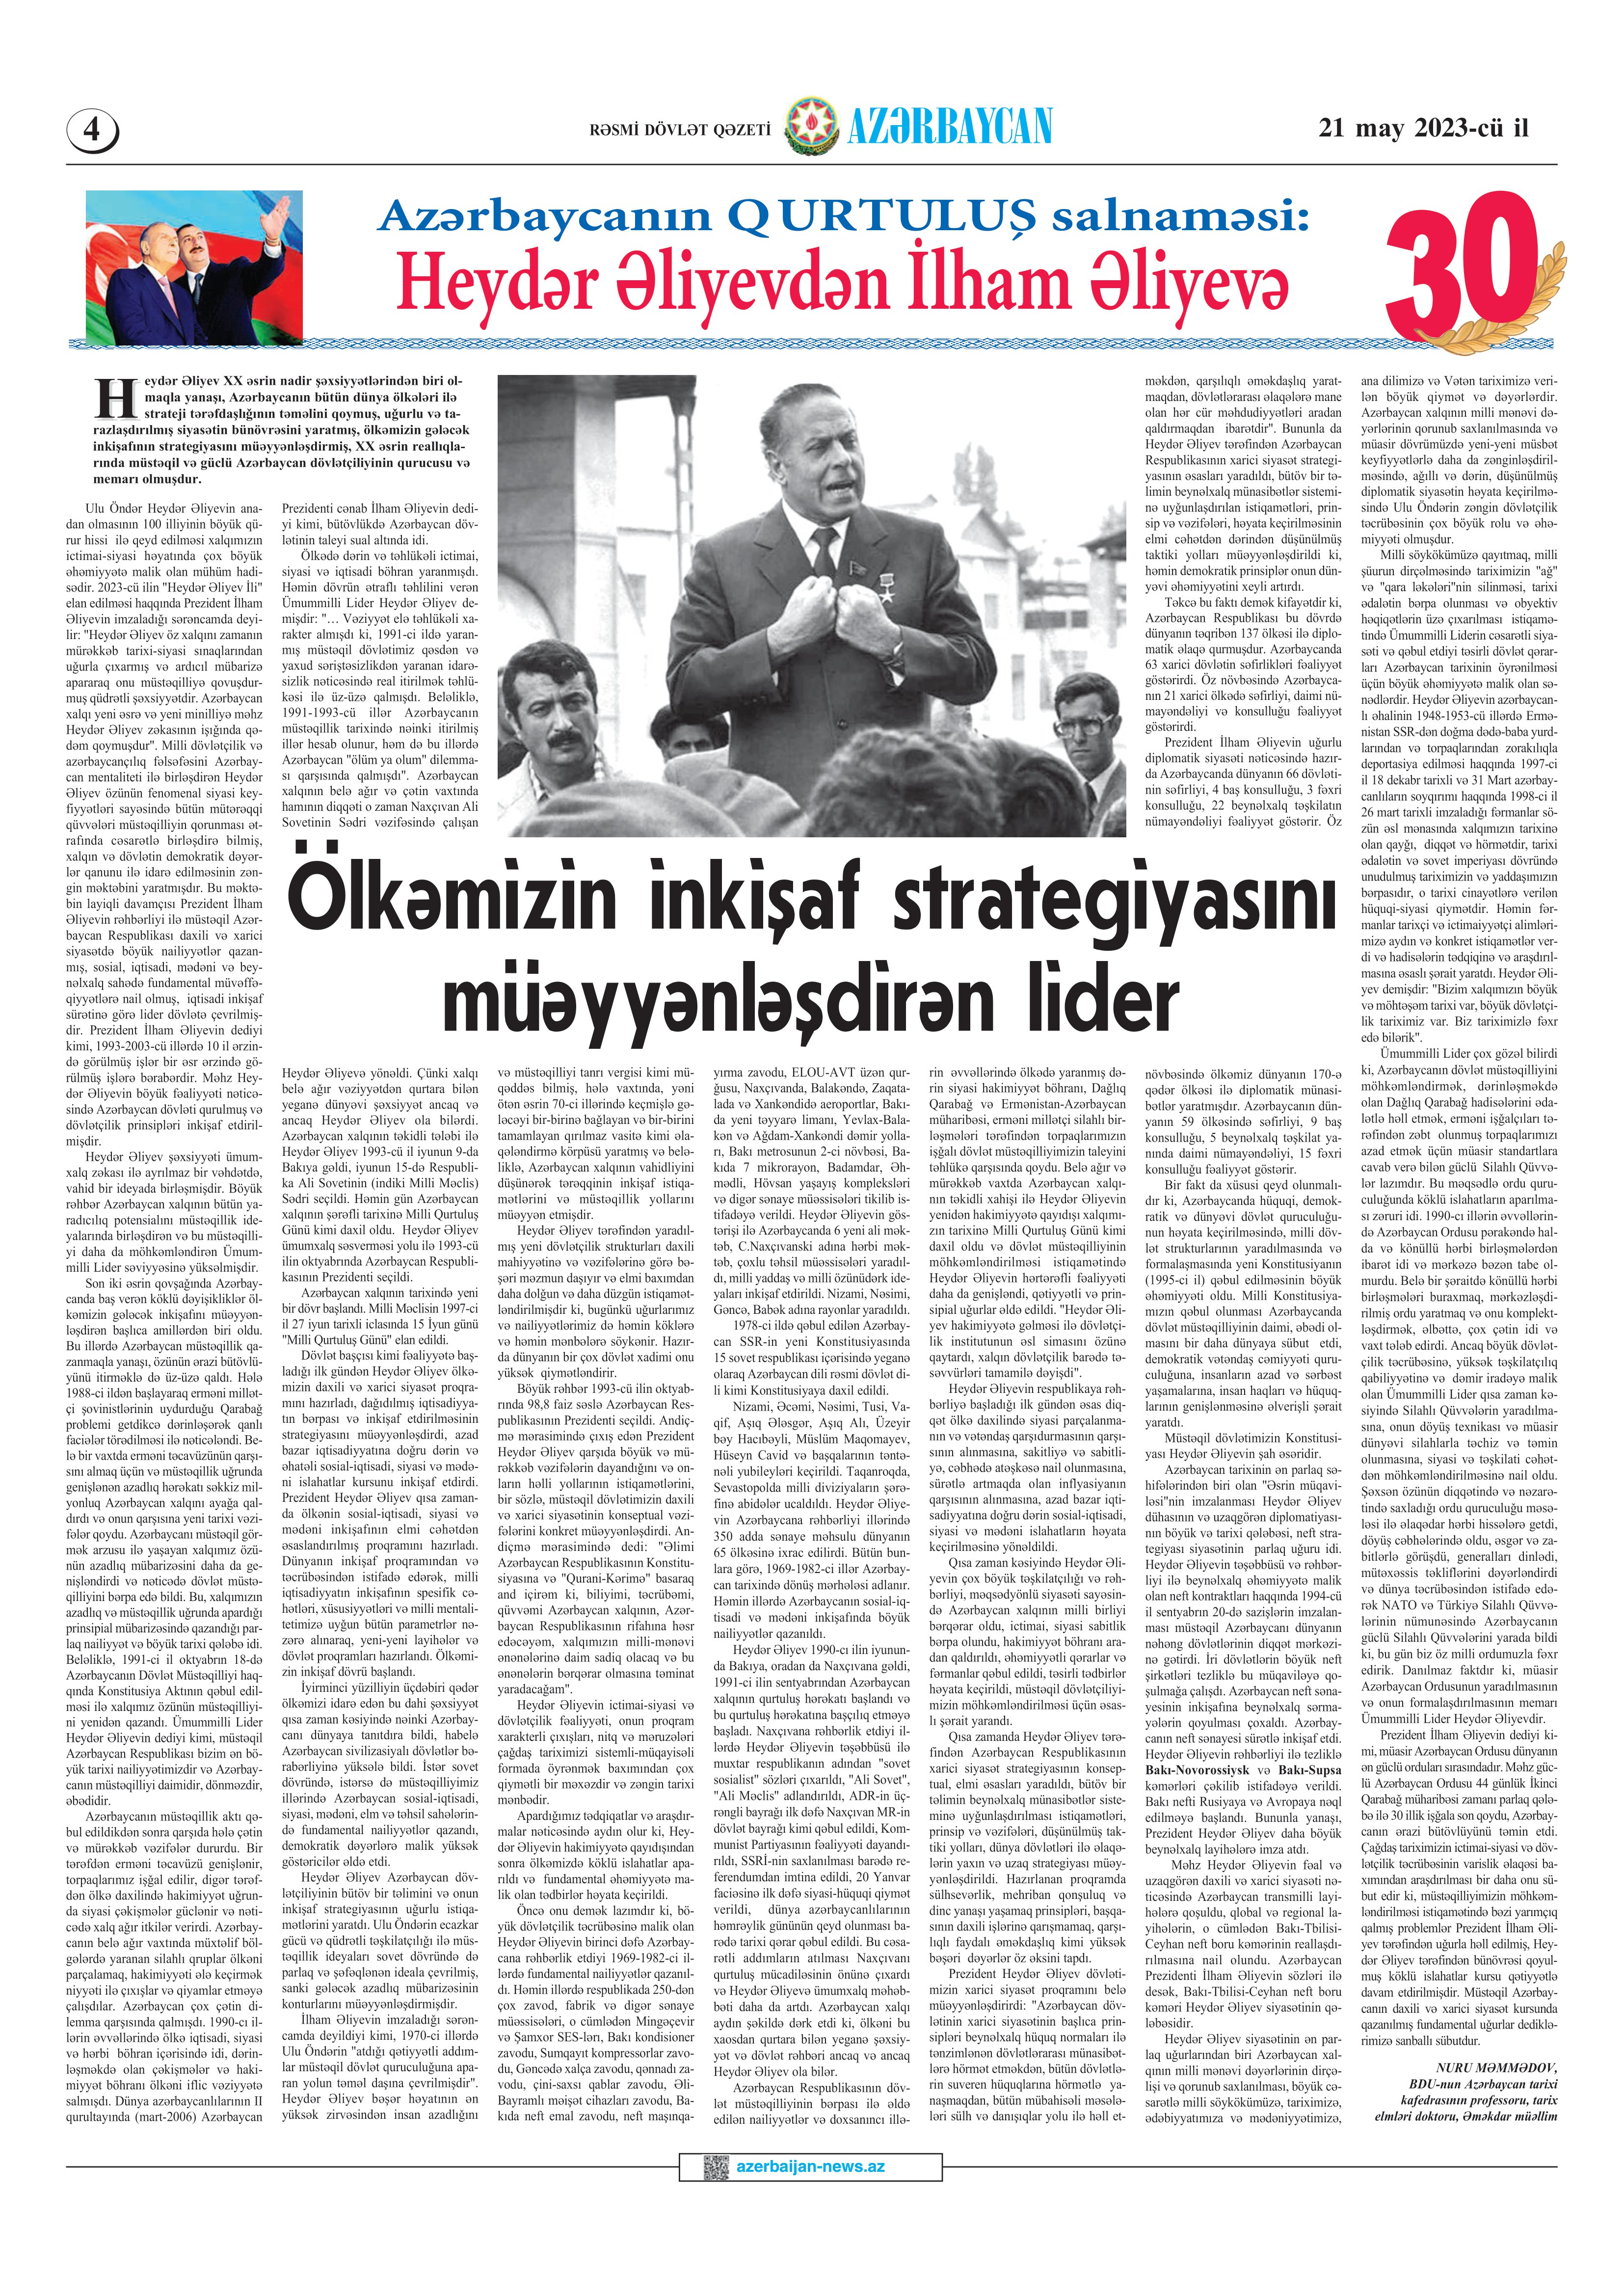
Language: az